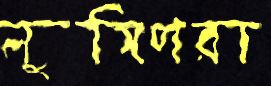
লুঙ্গিপরা